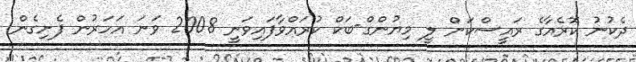
ދެކުނު ކޮރެއާގެ ރައީސްކަން ލީ މިޔުންގް-ބަކް ކުރައްވާފައިވަނީ 2008 ވަނަ އަހަރުން ފެށިގެން